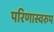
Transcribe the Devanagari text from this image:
परिणास्वरुप